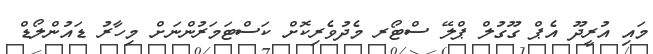
މައި އުރީދޫ އެޕް ގޫގުލް ޕްލޭ ސްޓޯރ މެދުވެރިކޮށް ކަސްޓަމަރުންނަށް މިހާރު ޑައުންލޯޑް